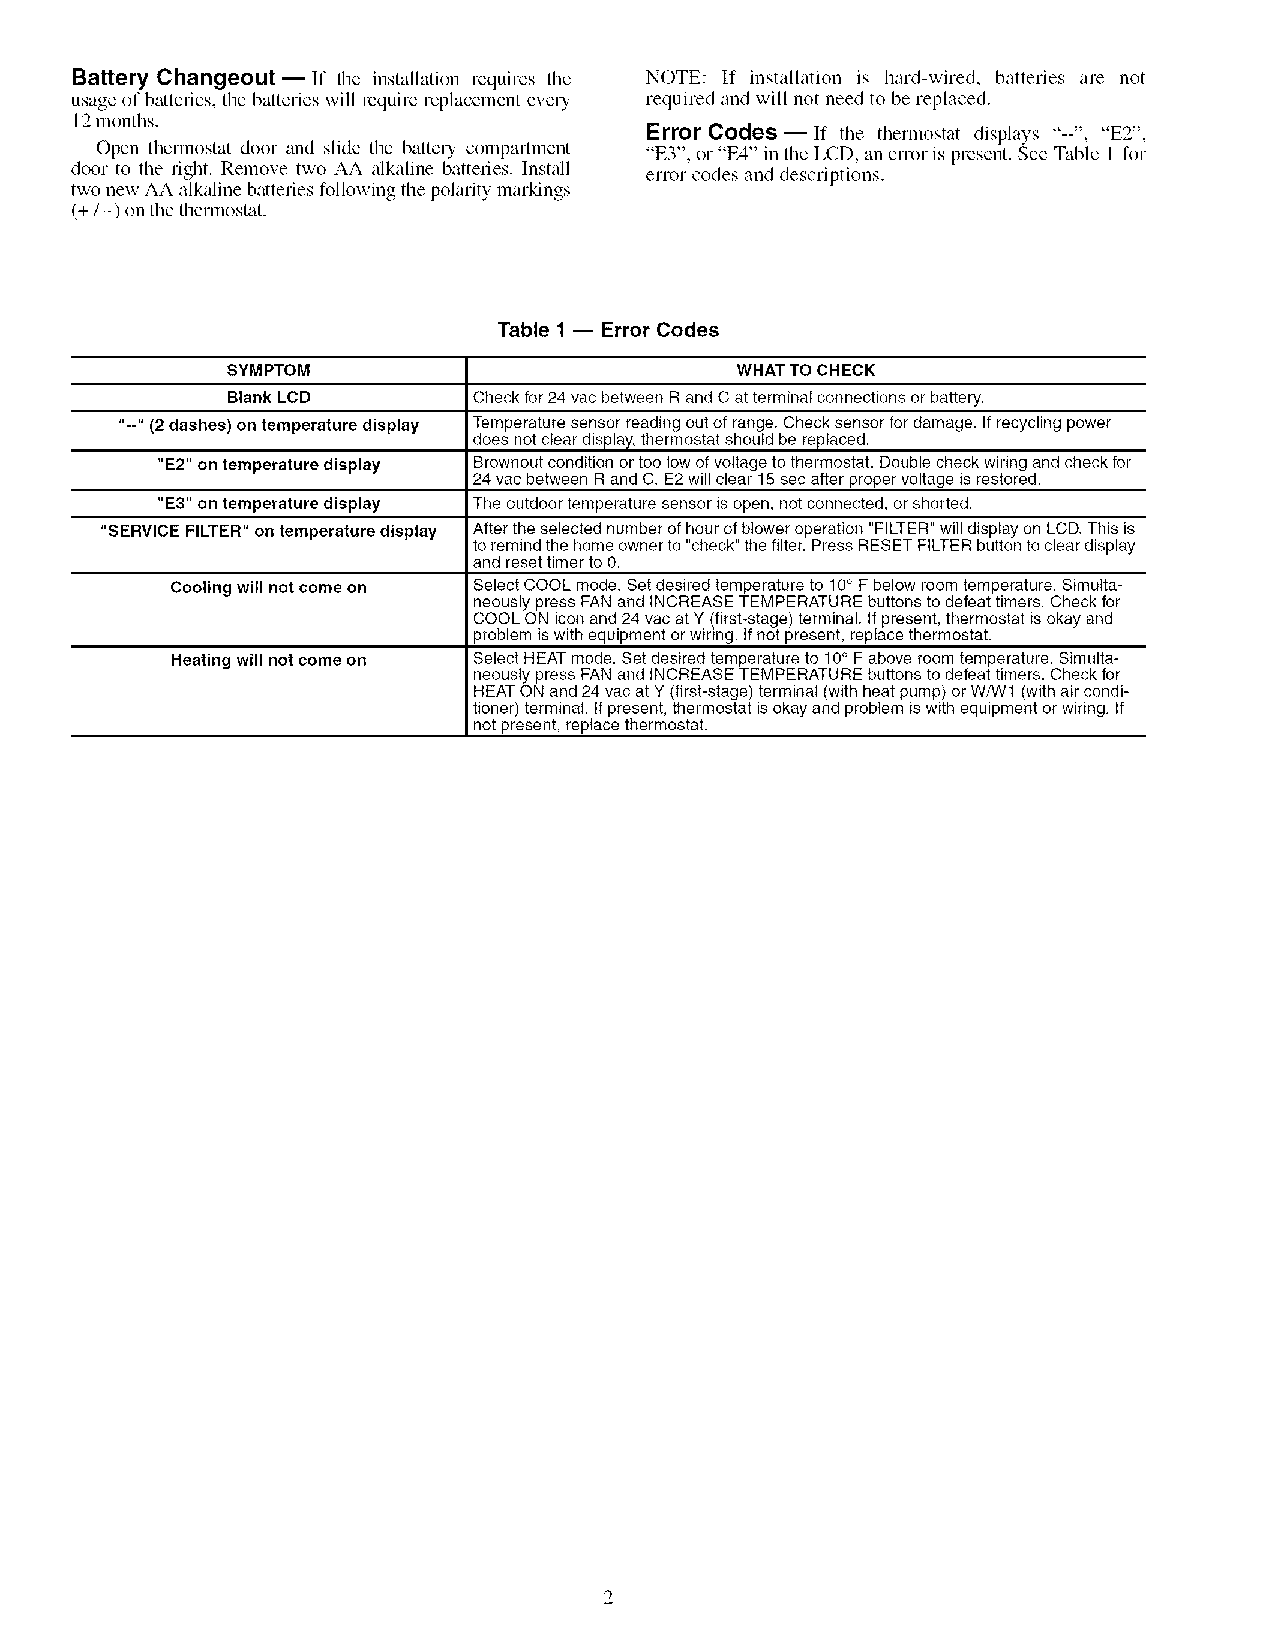
Battery Changeout- If the installation requires tile NOTE: If installation is hard-wired, batteries are not
 usage of batteries, the batteries will require replacement every required and will not need to be replaced.
 12months.
 Error Codes --If the thermostat displays "--", "E2",
 Open thermostat door and slide the battery compartment "E3", or "E4" in the LCD, an error is present. See Table 1for
 door to the fight. Remove two AA alkaline batteries. Install enor codes and descriptions.
 two new AA alkaline batteries following the polarity markings
 (+/-) on the thermostat.
 Table 1-- Error Codes
 SYMPTOM                           WHAT TO CHECK
 Blank LCD       Check for 24 vac between Rand Cat terminal connections orbattery.
 "--" (2dashes) on temperature display Temperature sensor reading out of range. Check sensor fordamage. Ifrecycling power
 does not clear display, thermostat should be replaced.
 "E2" on temperature display Brownout condition ortoo low ofvoltage to thermostat. Double check wiring and check for
 24 vac between Rand C. E2will clear 15sec after proper voltage isrestored.
 "E3" on temperature display The outdoor temperature sensor isopen, not connected, orshorted.
 "SERVICE FILTER" on temperature display After the selected number of hour of blower operation "FILTER" will display on LCD. This is
 toremind the home owner to "check" the filter. Press RESET FILTER button to clear display
 and reset timer to 0.
 Cooling will not come on Select COOL mode. Set desired temperature to 10° Fbelow room temperature. Simulta-
 neously press FANand INCREASE TEMPERATURE buttons to defeat timers. Check for
 COOL ON icon and 24 vac atY (first-stage) terminal. If present, thermostat isokay and
 3roblem iswith equipment orwiring. Ifnot present, replace thermostat.
 Heating will not come on Select HEAT mode. Set desired temperature to 10° Fabove room temperature. Simulta-
 neously press FANand INCREASE TEMPERATURE buttons to defeat timers. Check for
 HEAT ON and 24 vac atY (first-stage) terminal (with heat pump) orW/W1 (with air condi-
 tioner) terminal. Ifpresent, thermostat isokay and problem iswith equipment orwiring. If
 not present, replace thermostat.